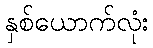
နှစ်ယောက်လုံး